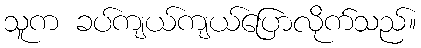
သူက ခပ်ကျယ်ကျယ်ပြောလိုက်သည်။